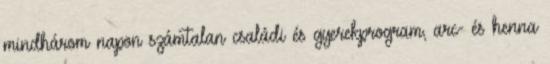
mindhárom napon számtalan családi és gyerekprogram, arc- és henna